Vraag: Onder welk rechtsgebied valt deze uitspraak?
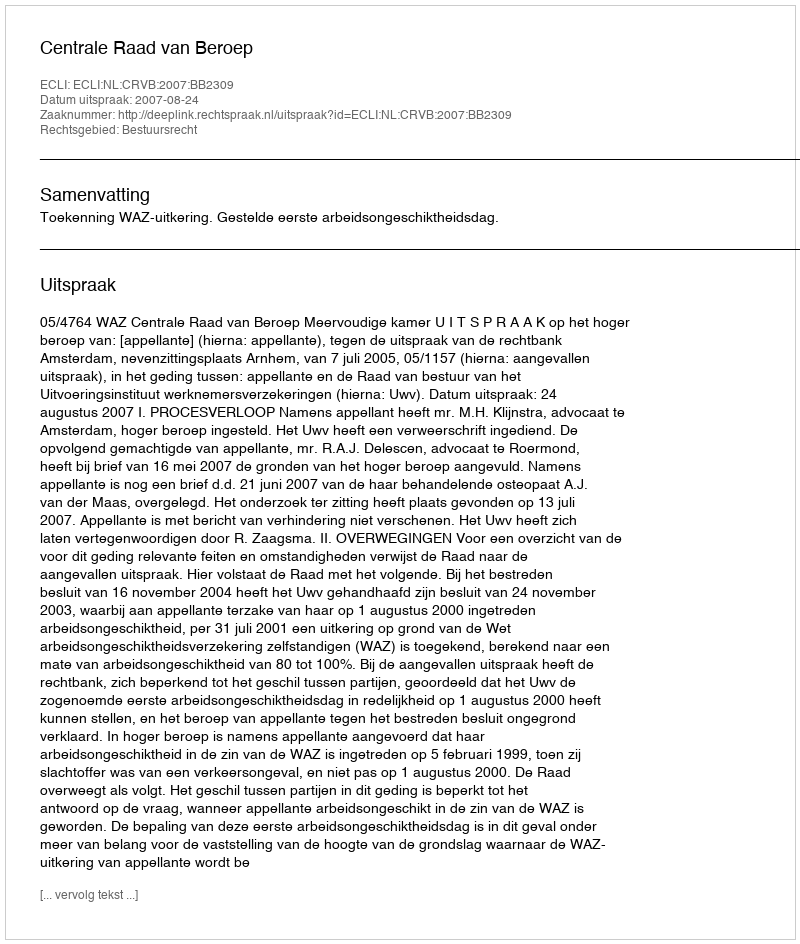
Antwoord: Bestuursrecht